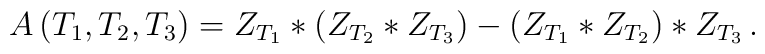
A \, (T_1 , T_2 , T_3) = Z_{T_1} * (Z_{T_2} * Z_{T_3}) - (Z_{T_1} * Z_{T_2}) * Z_{T_3} \, .